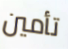
تأمين